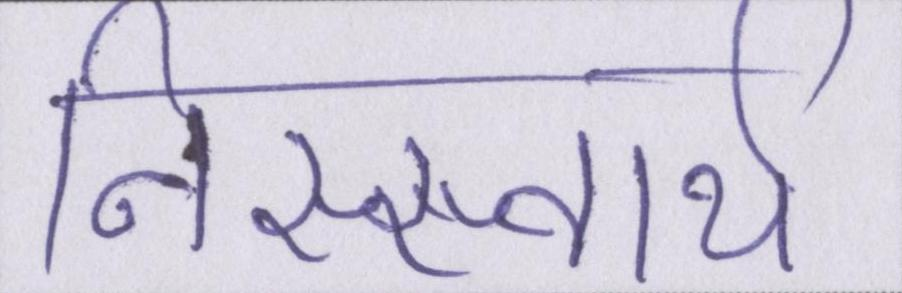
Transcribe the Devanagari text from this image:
निस्स्वार्थ